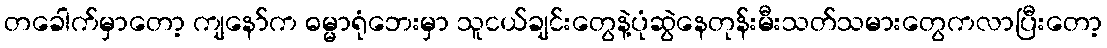
တခေါက်မှာတော့ ကျနော်က ဓမ္မာရုံဘေးမှာ သူငယ်ချင်းတွေနဲ့ပုံဆွဲနေတုန်းမီးသတ်သမားတွေကလာပြီးတော့